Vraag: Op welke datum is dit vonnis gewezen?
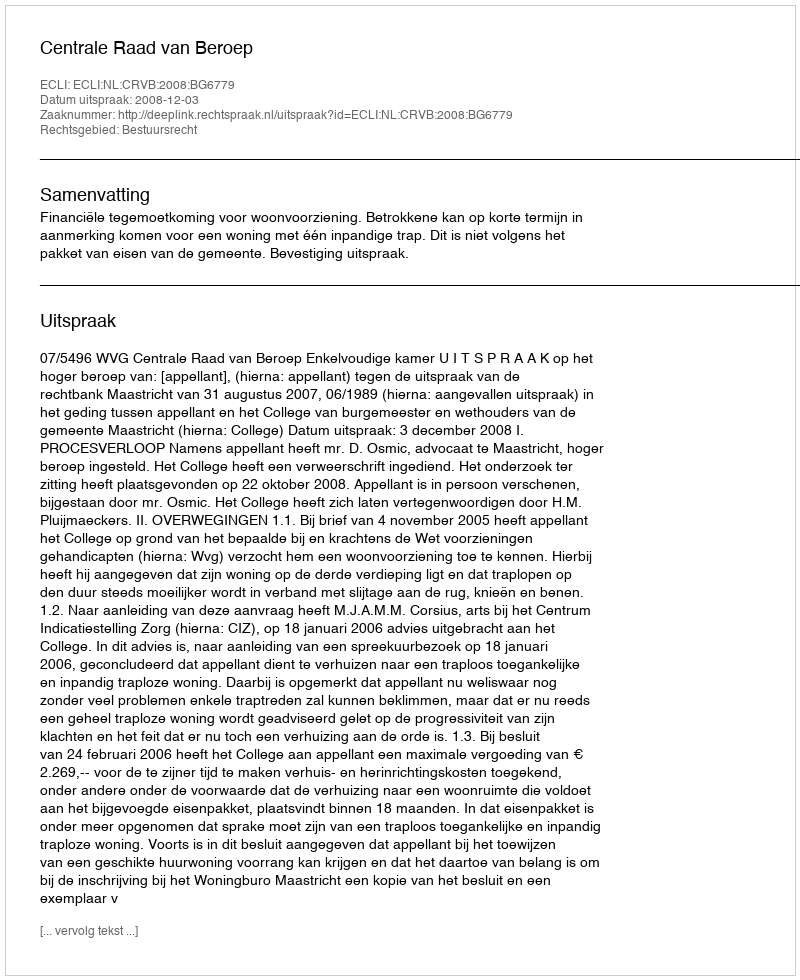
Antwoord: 2008-12-03